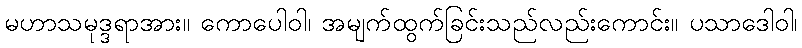
မဟာသမုဒ္ဒရာအား။ ကောပေါဝါ၊ အမျက်ထွက်ခြင်းသည်လည်းကောင်း။ ပသာဒေါဝါ၊